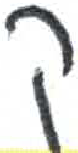
אות: ק